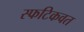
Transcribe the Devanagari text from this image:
स्फटिकवत